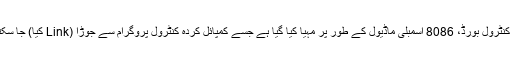
ٹائمر کنٹرول بورڈ، 8086 اسمبلی ماڈیول کے طور پر مہیا کیا گیا ہے جسے کمپائل کردہ کنٹرول پروگرام سے جوڑا (Link کیا) جا سکتا ہے۔